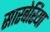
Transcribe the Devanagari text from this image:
सारबेरिया